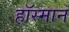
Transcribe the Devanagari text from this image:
हॉस्मान